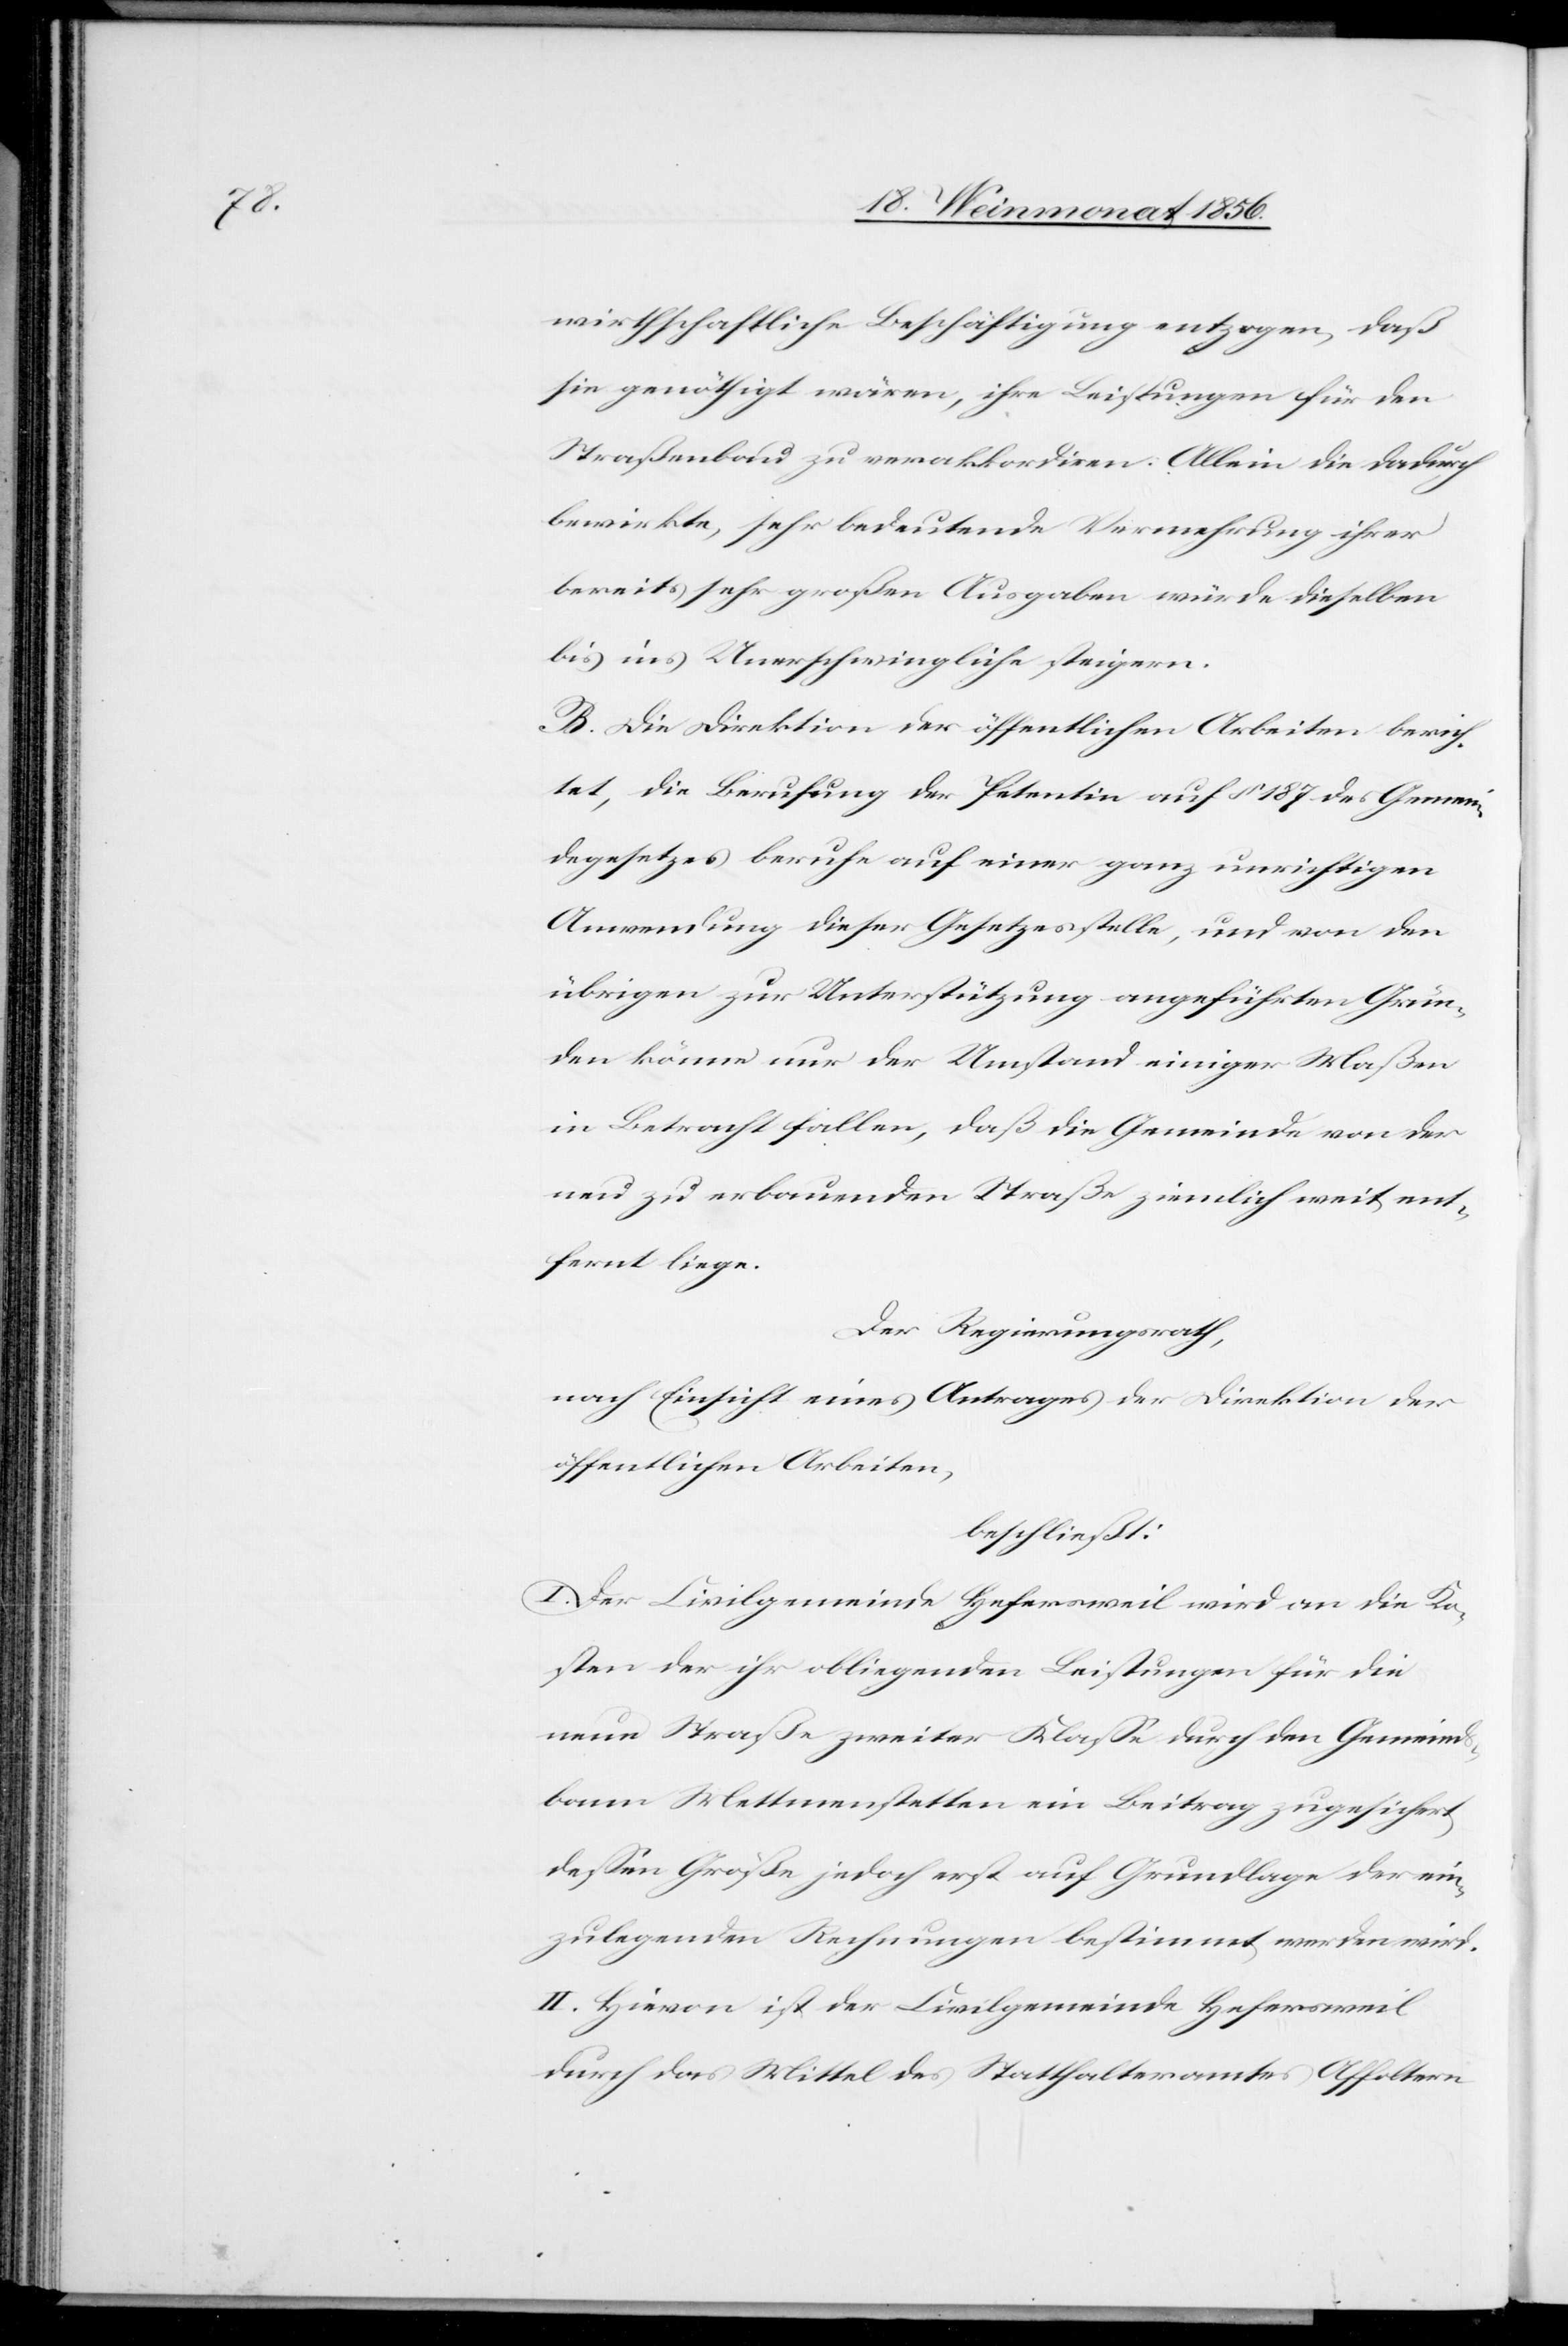
wirthschaftliche Beschäftigung entzogen, daß
sie genöthigt wären, ihre Leistungen für den
Straßenbau zu verakkordiren. Allein die dadurch
bewirkte, sehr bedeutende Vermehrung ihrer
bereits sehr großen Ausgaben würde dieselben
bis ins Unerschwingliche steigern.
B. Die Direktion der öffentlichen Arbeiten berich¬
tet, die Berufung der Petentin auf § 187 des Gemein¬
degesetzes beruhe auf einer ganz unrichtigen
Anwendung dieser Gesetzesstelle, und von den
übrigen zur Unterstützung angeführten Grün¬
den könne nur der Umstand einiger Maßen
in Betracht fallen, daß die Gemeinde von der
neu zu erbauenden Straße ziemlich weit ent¬
fernt liege.
Der Regierungsrath,
nach Einsicht eines Antrages der Direktion der
öffentlichen Arbeiten,
beschließt:
I. Der Civilgemeinde Hefersweil wird an die Ko¬
sten der ihr obliegenden Leistungen für die
neue Straße zweiter Klasse durch den Gemeind¬
sbann Mettmenstetten ein Beitrag zugesichert,
dessen Größe jedoch erst auf Grundlage der ein¬
zulegenden Rechnungen bestimmt werden wird.
II. Hievon ist der Civilgemeinde Hefersweil
durch das Mittel des Statthalteramtes Affoltern